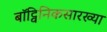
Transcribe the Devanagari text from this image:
बॉट्विनिकसारख्या